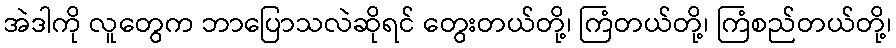
အဲဒါကို လူတွေက ဘာပြောသလဲဆိုရင် တွေးတယ်တို့၊ ကြံတယ်တို့၊ ကြံစည်တယ်တို့၊